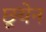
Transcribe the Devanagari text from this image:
छूयेन